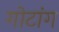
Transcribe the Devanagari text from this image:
गोटांग